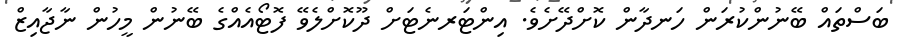
ބަސްތައް ބޭނުންކުރަން ހަނދާން ކޮށްދޭށެވެ. އިންޓަރނެޓަށް ދޫކޮށްލެވޭ ފޮޓޯއެއްގެ ބޭނުން މީހުން ނާޖާއިޒް